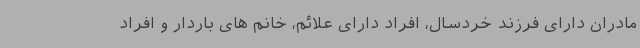
مادران دارای فرزند خردسال، افراد دارای علائم، خانم های باردار و افراد